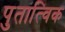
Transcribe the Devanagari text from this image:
पुतात्विक